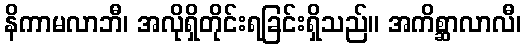
နိကာမလာဘီ၊ အလိုရှိတိုင်းရခြင်းရှိသည်။ အကိစ္ဆာလာလီ၊